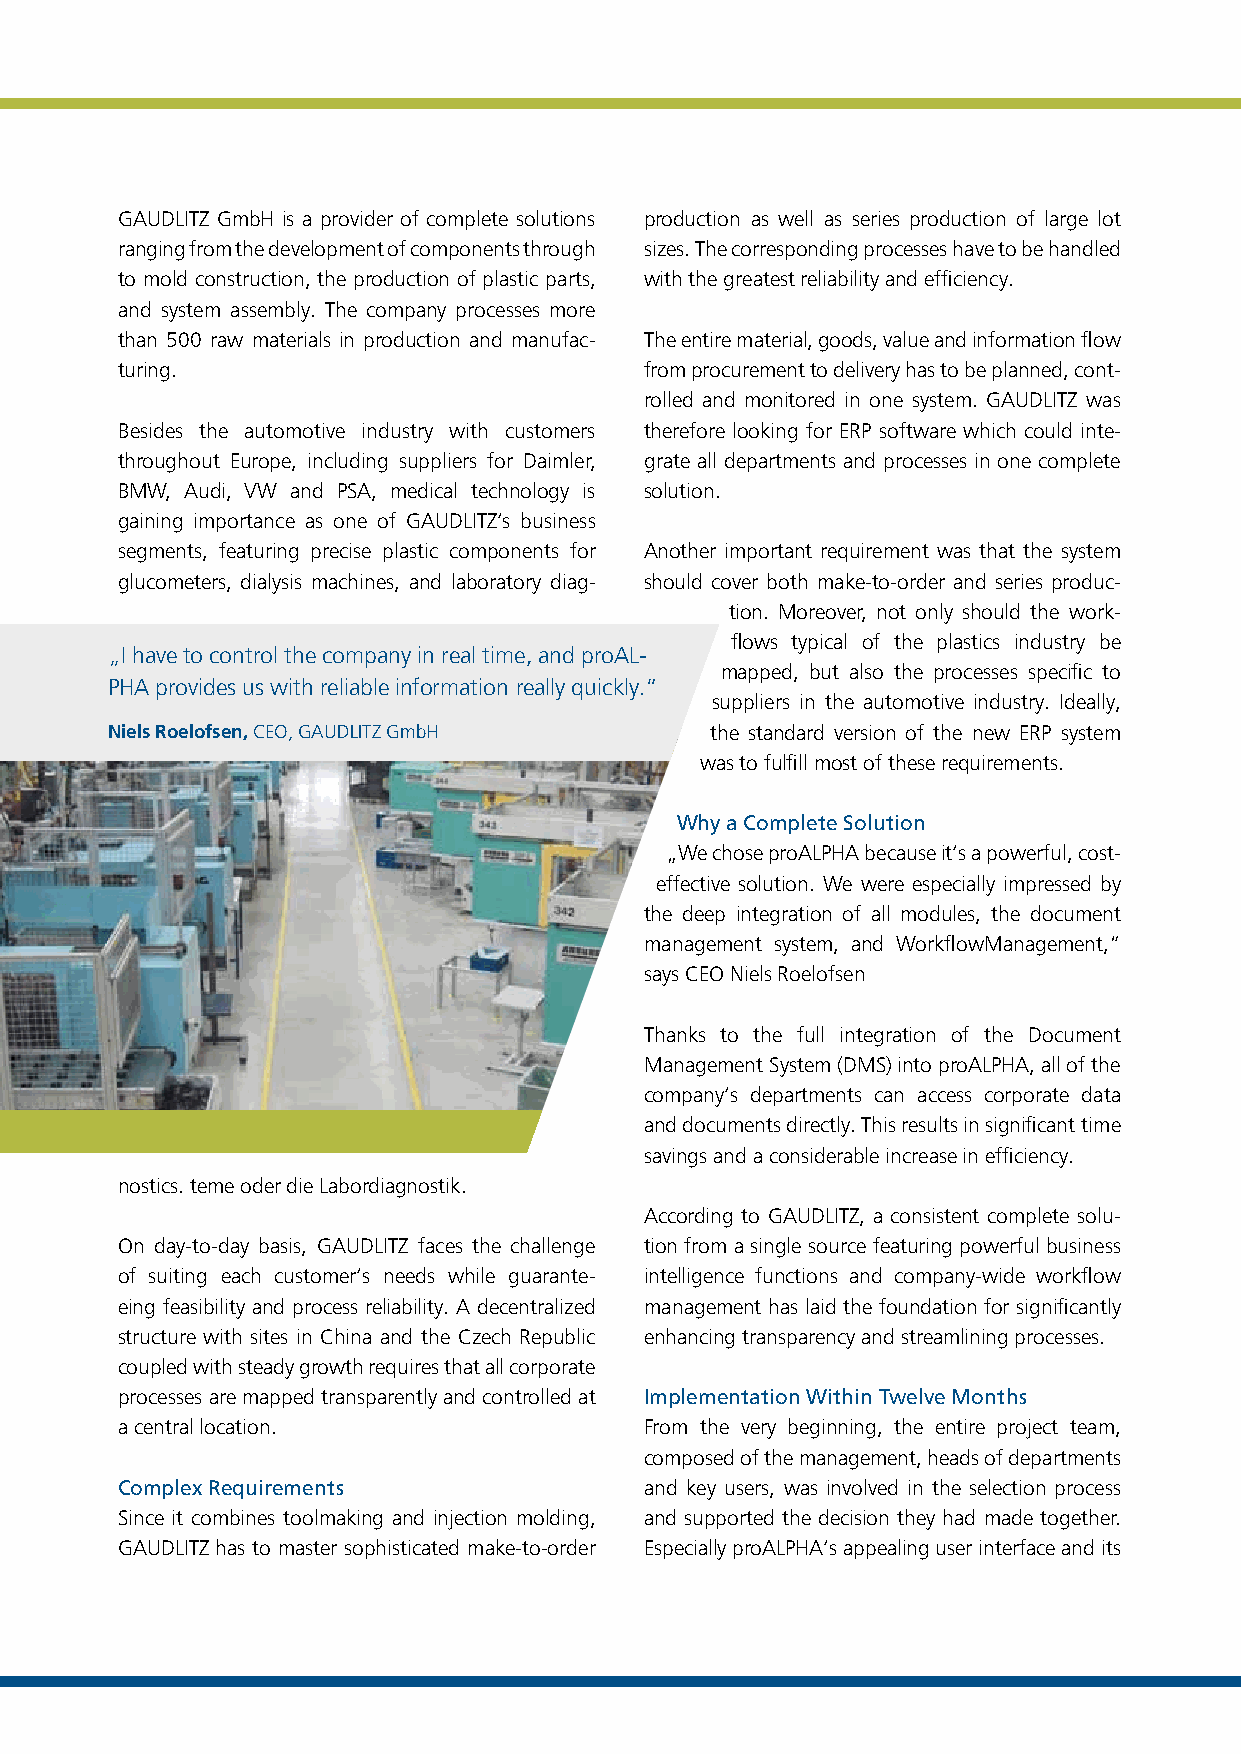
GAUDLITZ GmbH is a provider of complete solutions production as well as series production of large lot
 ranging from the development of components through sizes. The corresponding processes have to be handled
 to mold construction, the production of plastic parts, with the greatest reliability and efficiency.
 and system assembly. The company processes more
 than 500 raw materials in production and manufac- The entire material, goods, value and information flow
 turing.                            from procurement to delivery has to be planned, cont-
 rolled and monitored in one system. GAUDLITZ was
 Besides the automotive industry with customers therefore looking for ERP software which could inte-
 throughout Europe, including suppliers for Daimler, grate all departments and processes in one complete
 BMW, Audi, VW and PSA, medical technology is solution.
 gaining importance as one of GAUDLITZ‘s business
 segments, featuring precise plastic components for Another important requirement was that the system
 glucometers, dialysis machines, and laboratory diag- should cover both make-to-order and series produc-
 tion. Moreover, not only should the work-
 flows typical of the plastics industry be
 „I have to control the company in real time, and proAL-
 mapped, but also the processes specific to
 PHA provides us with reliable information really quickly.“
 suppliers in the automotive industry. Ideally,
 Niels Roelofsen, CEO, GAUDLITZ GmbH     the standard version of the new ERP system
 was to fulfill most of these requirements.
 Why a Complete Solution
 „We chose proALPHA because it‘s a powerful, cost-
 effective solution. We were especially impressed by
 the deep integration of all modules, the document
 management system, and WorkflowManagement,“
 says CEO Niels Roelofsen
 Thanks to the full integration of the Document
 Management System (DMS) into proALPHA, all of the
 company‘s departments can access corporate data
 and documents directly. This results in significant time
 savings and a considerable increase in efficiency.
 nostics. teme oder die Labordiagnostik.
 According to GAUDLITZ, a consistent complete solu-
 On day-to-day basis, GAUDLITZ faces the challenge tion from a single source featuring powerful business
 of suiting each customer‘s needs while guarante- intelligence functions and company-wide workflow
 eing feasibility and process reliability. A decentralized management has laid the foundation for significantly
 structure with sites in China and the Czech Republic enhancing transparency and streamlining processes.
 coupled with steady growth requires that all corporate
 processes are mapped transparently and controlled at Implementation Within Twelve Months
 a central location.                From the very beginning, the entire project team,
 composed of the management, heads of departments
 Complex Requirements               and key users, was involved in the selection process
 Since it combines toolmaking and injection molding, and supported the decision they had made together.
 GAUDLITZ has to master sophisticated make-to-order Especially proALPHA‘s appealing user interface and its